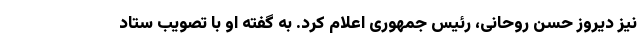
نیز دیروز حسن روحانی، رئیس جمهوری اعلام کرد. به گفته او با تصویب ستاد